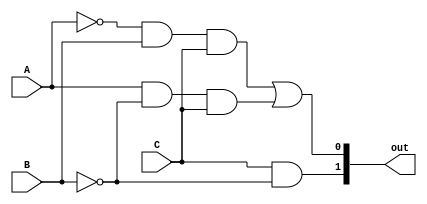
module conv_per_bin(A, B, C, out);
   input A, B, C; // ENTRADAS DO MODULO RELACIONADA AS CHAVES QUE DETERMINAM O PERFIL DA INTERFACE
   output [1:0] out; // SAIDA DO MODULO RELACIONADA AO BINARIO DE 2 BITS GERADO ATRAVES DO CODIGO DO PERFIL
	
	wire A_not, B_not,// FIO PARA SER UTILIZADO EM UM PORTA INVERSORA
	SUP1, SUP2; // FIOS DE SUPORTE PARA SEREM USADOS EM PORTAS LOGICAS
	
	//PORTAS INVERSORAS PARA AS ENTRADAS A e B
	not A_inv (A_not, A);
	not B_inv (B_not, B);
	
	//PORTAS LOGICAS INTERMEDIARAS PARA TEREM SUAS SAIDAS UTILIZADAS NO OUTPUT DO MODULO
	and And3 (SUP1, A_not, B, C);
	and And2 (SUP2, A, B_not, C); 
	
	//SAIDAS QUE REPRESENTARO O PERFIL EM BINARIO DE 2 DIGITOS SEGUINDO A ORDEM:
   //(ADM = 11, TESTER = 10, USER = 01, GUEST = 00)
	or Or0 (out[0], SUP1, SUP2);
	and And0 (out[1], C, B_not);
	
endmodule